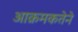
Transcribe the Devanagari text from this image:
आक्रमकतेने